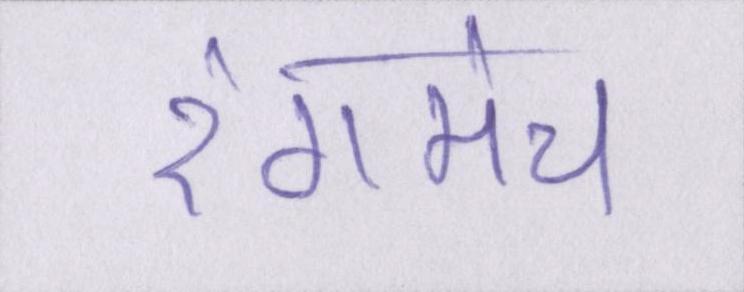
रंगमंच